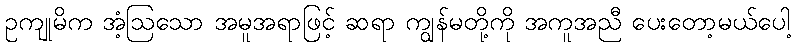
ဥကျုမိက အံ့ဩသော အမူအရာဖြင့် ဆရာ ကျွန်မတို့ကို အကူအညီ ပေးတော့မယ်ပေါ့